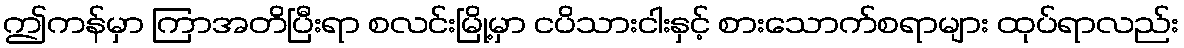
ဤကန်မှာ ကြာအတိပြီးရာ စလင်းမြို့မှာ ငပိသားငါးနှင့် စားသောက်စရာများ ထုပ်ရာလည်း